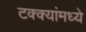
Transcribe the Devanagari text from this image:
टक्‍क्‍यांमध्ये